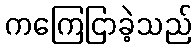
ကကြေငြာခဲ့သည်